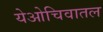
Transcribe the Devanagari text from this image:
येओचिवातल